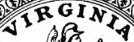
VIRGINIA